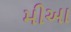
મીઆ